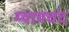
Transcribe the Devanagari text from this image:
म्यामचंद